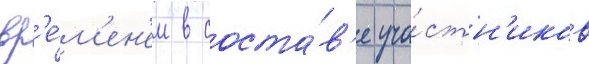
вр'е́м'ен'ем в соста́в'е уча́стн'иков